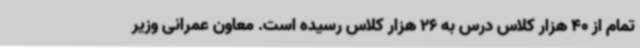
تمام از 40 هزار کلاس درس به 26 هزار کلاس رسیده است. معاون عمرانی وزیر